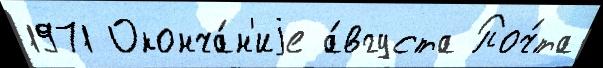
1971 Оконча́н'иjе а́вгуста Поч́та